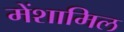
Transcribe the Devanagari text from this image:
मेंशामिल